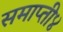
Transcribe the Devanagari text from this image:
समाप्ती४